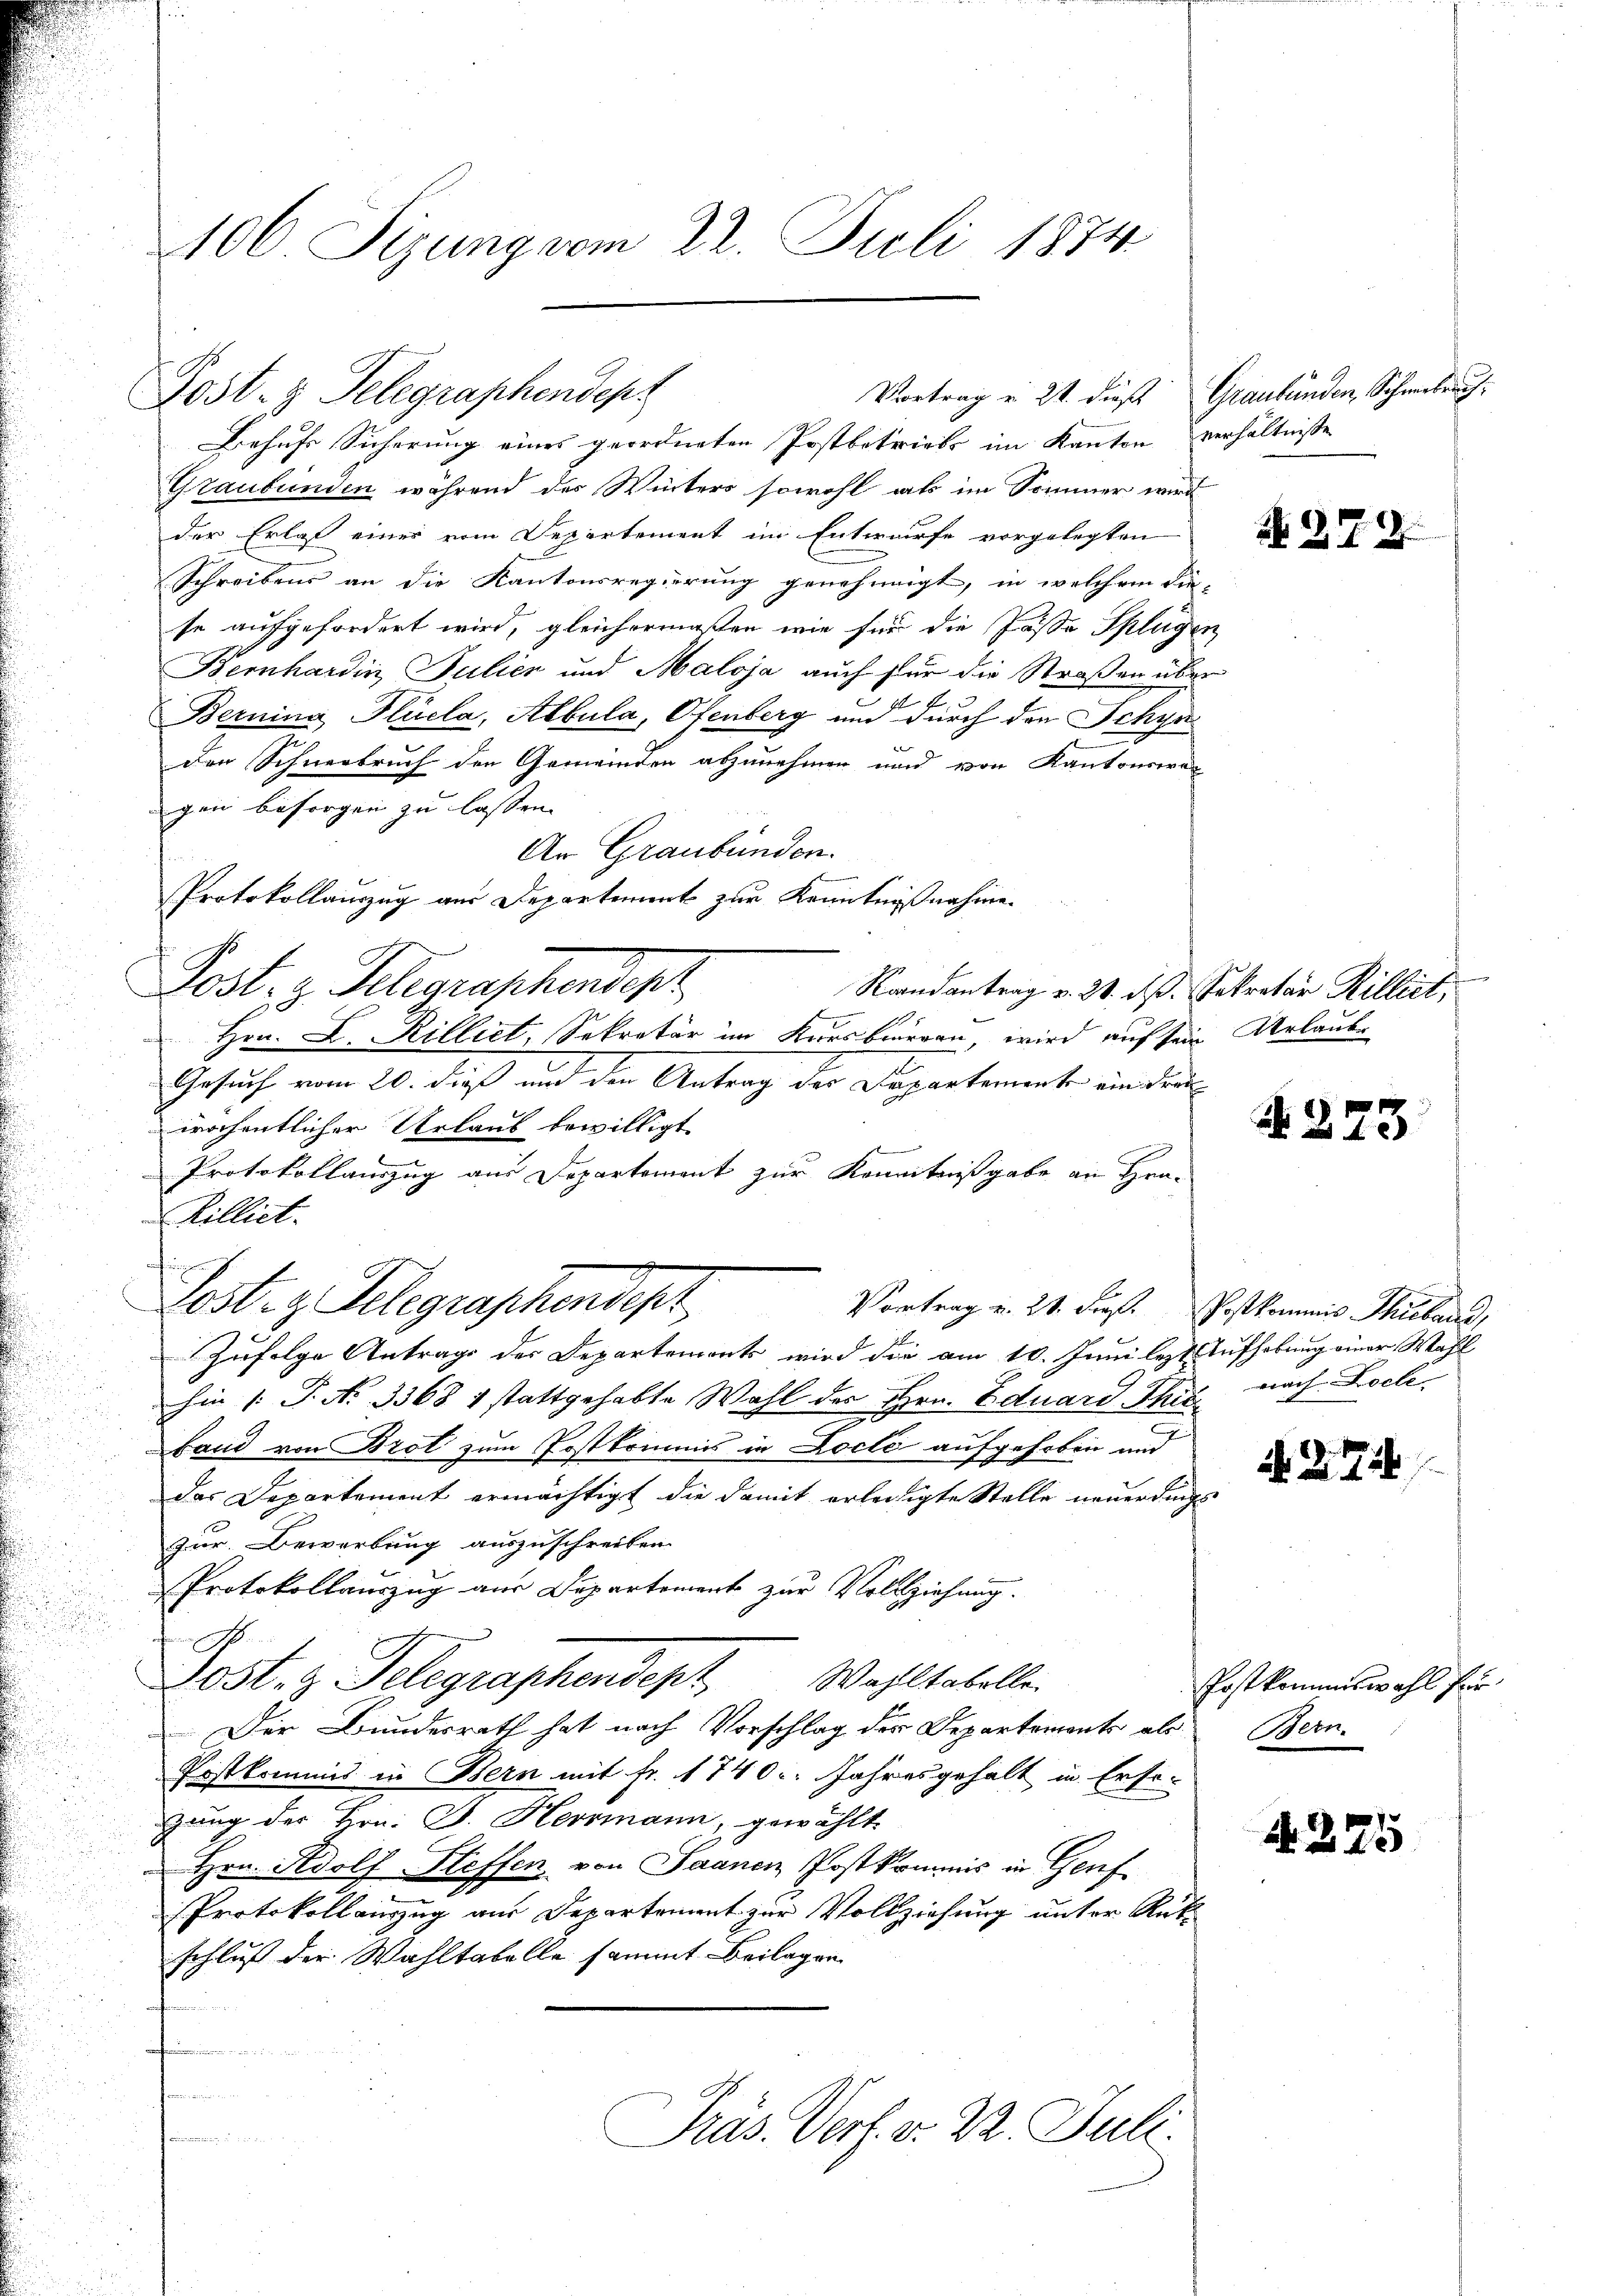
Post- & Gelegraphendep
Behufs Sicherung eines geordneten Postbetriebs im Kanton verhältnisse
Graubünden während des Winters sowohl als im Sommer wird
der Erlaß einer vom Departement im Entwurfe vorgelegten
Schreibens an die Kantonsregierung genehmigt, in welchem die
se aufgefordert wird, gleichermaßen wie für die Passa Splüg
Bernhardin Julier und Maloja auch für die Straßen über
f
Bernina Plücla, Albula, Ofenberg und durch den Schyn
den Schneebruch den Gemeinden abzunehmen und von Kantonswan
gen besorgen zu lassen.
An Graubünden.
Protokollauszug aus Departement zur Kenntnißnahme
Post. v. Gelegraschendepr
Raandantrag v. 21. ds. Sekretär Rilliet,
Hrn. L. Rilliet, Sekretär im Kursburgen wird auf sein Urlaube
Gesuch vom 20. dieß und den Antrag der Departemente ein drei
wöchentlicher Urlaub bewilligt.
Protokollauszug aus Departement zur Kenntnißgabe an Hrn.
Rilliet.
Post- & Gelegraschendept
Vortrag u. 21. dieß.
Zufolge Antrage der Departements wird die am 10. Juni lezt Aufhebung einer Wahl
hin 1. P. Nr. 3368 1 stattgehabte Wahl des Hrn. Eduard Thie
.
Band von Brot zum Postkommnis in Locte aufgehoben und
das Departement ermächtigt die damit erledigte Stelle neuerdings
zur Bewerbung auszuschreiben.
Protokollauszug aus Departement zur Vollziehung.

Dosten Telegraphendept. Wahltabelle.
Der Bundesrath hat nach Vorschlag der Departements als
Postkommis in Bern mit Fr. 1740. Jahresgehalt in Erso-
gung des Hrn. F. Herrmann, gewählt.
Hrn. Adolf Steffen, von Saanen Postkommis in Genf
Protokollauszug aus Departement zur Vollziehung unter Rükschluß der Wahltabelle sammt Beilagen
ofeinen ein

Präs. Verf. v. 22. Juli.
semen

106 Sizung vom 22. Juli 1874

Vortrag v. 21. dieß

Graubünden, Schweberich

N. 272

d

N. 273

Postkommis Thiebend,
nach Loche

N. 274

Postkommiswahl für
Bern.

N 225